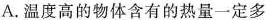
A.温度高的物体含有的热量一定多